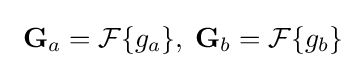
\ \mathbf {G} _{a}={\mathcal {F}}\{g_{a}\},\;\mathbf {G} _{b}={\mathcal {F}}\{g_{b}\}